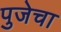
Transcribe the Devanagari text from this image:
पुजेचा